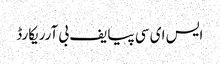
ایس ای سی پیایف بی آرریکارڈ